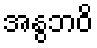
အနွဘဝိ